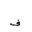
Letter: _fa